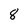
Character: 8